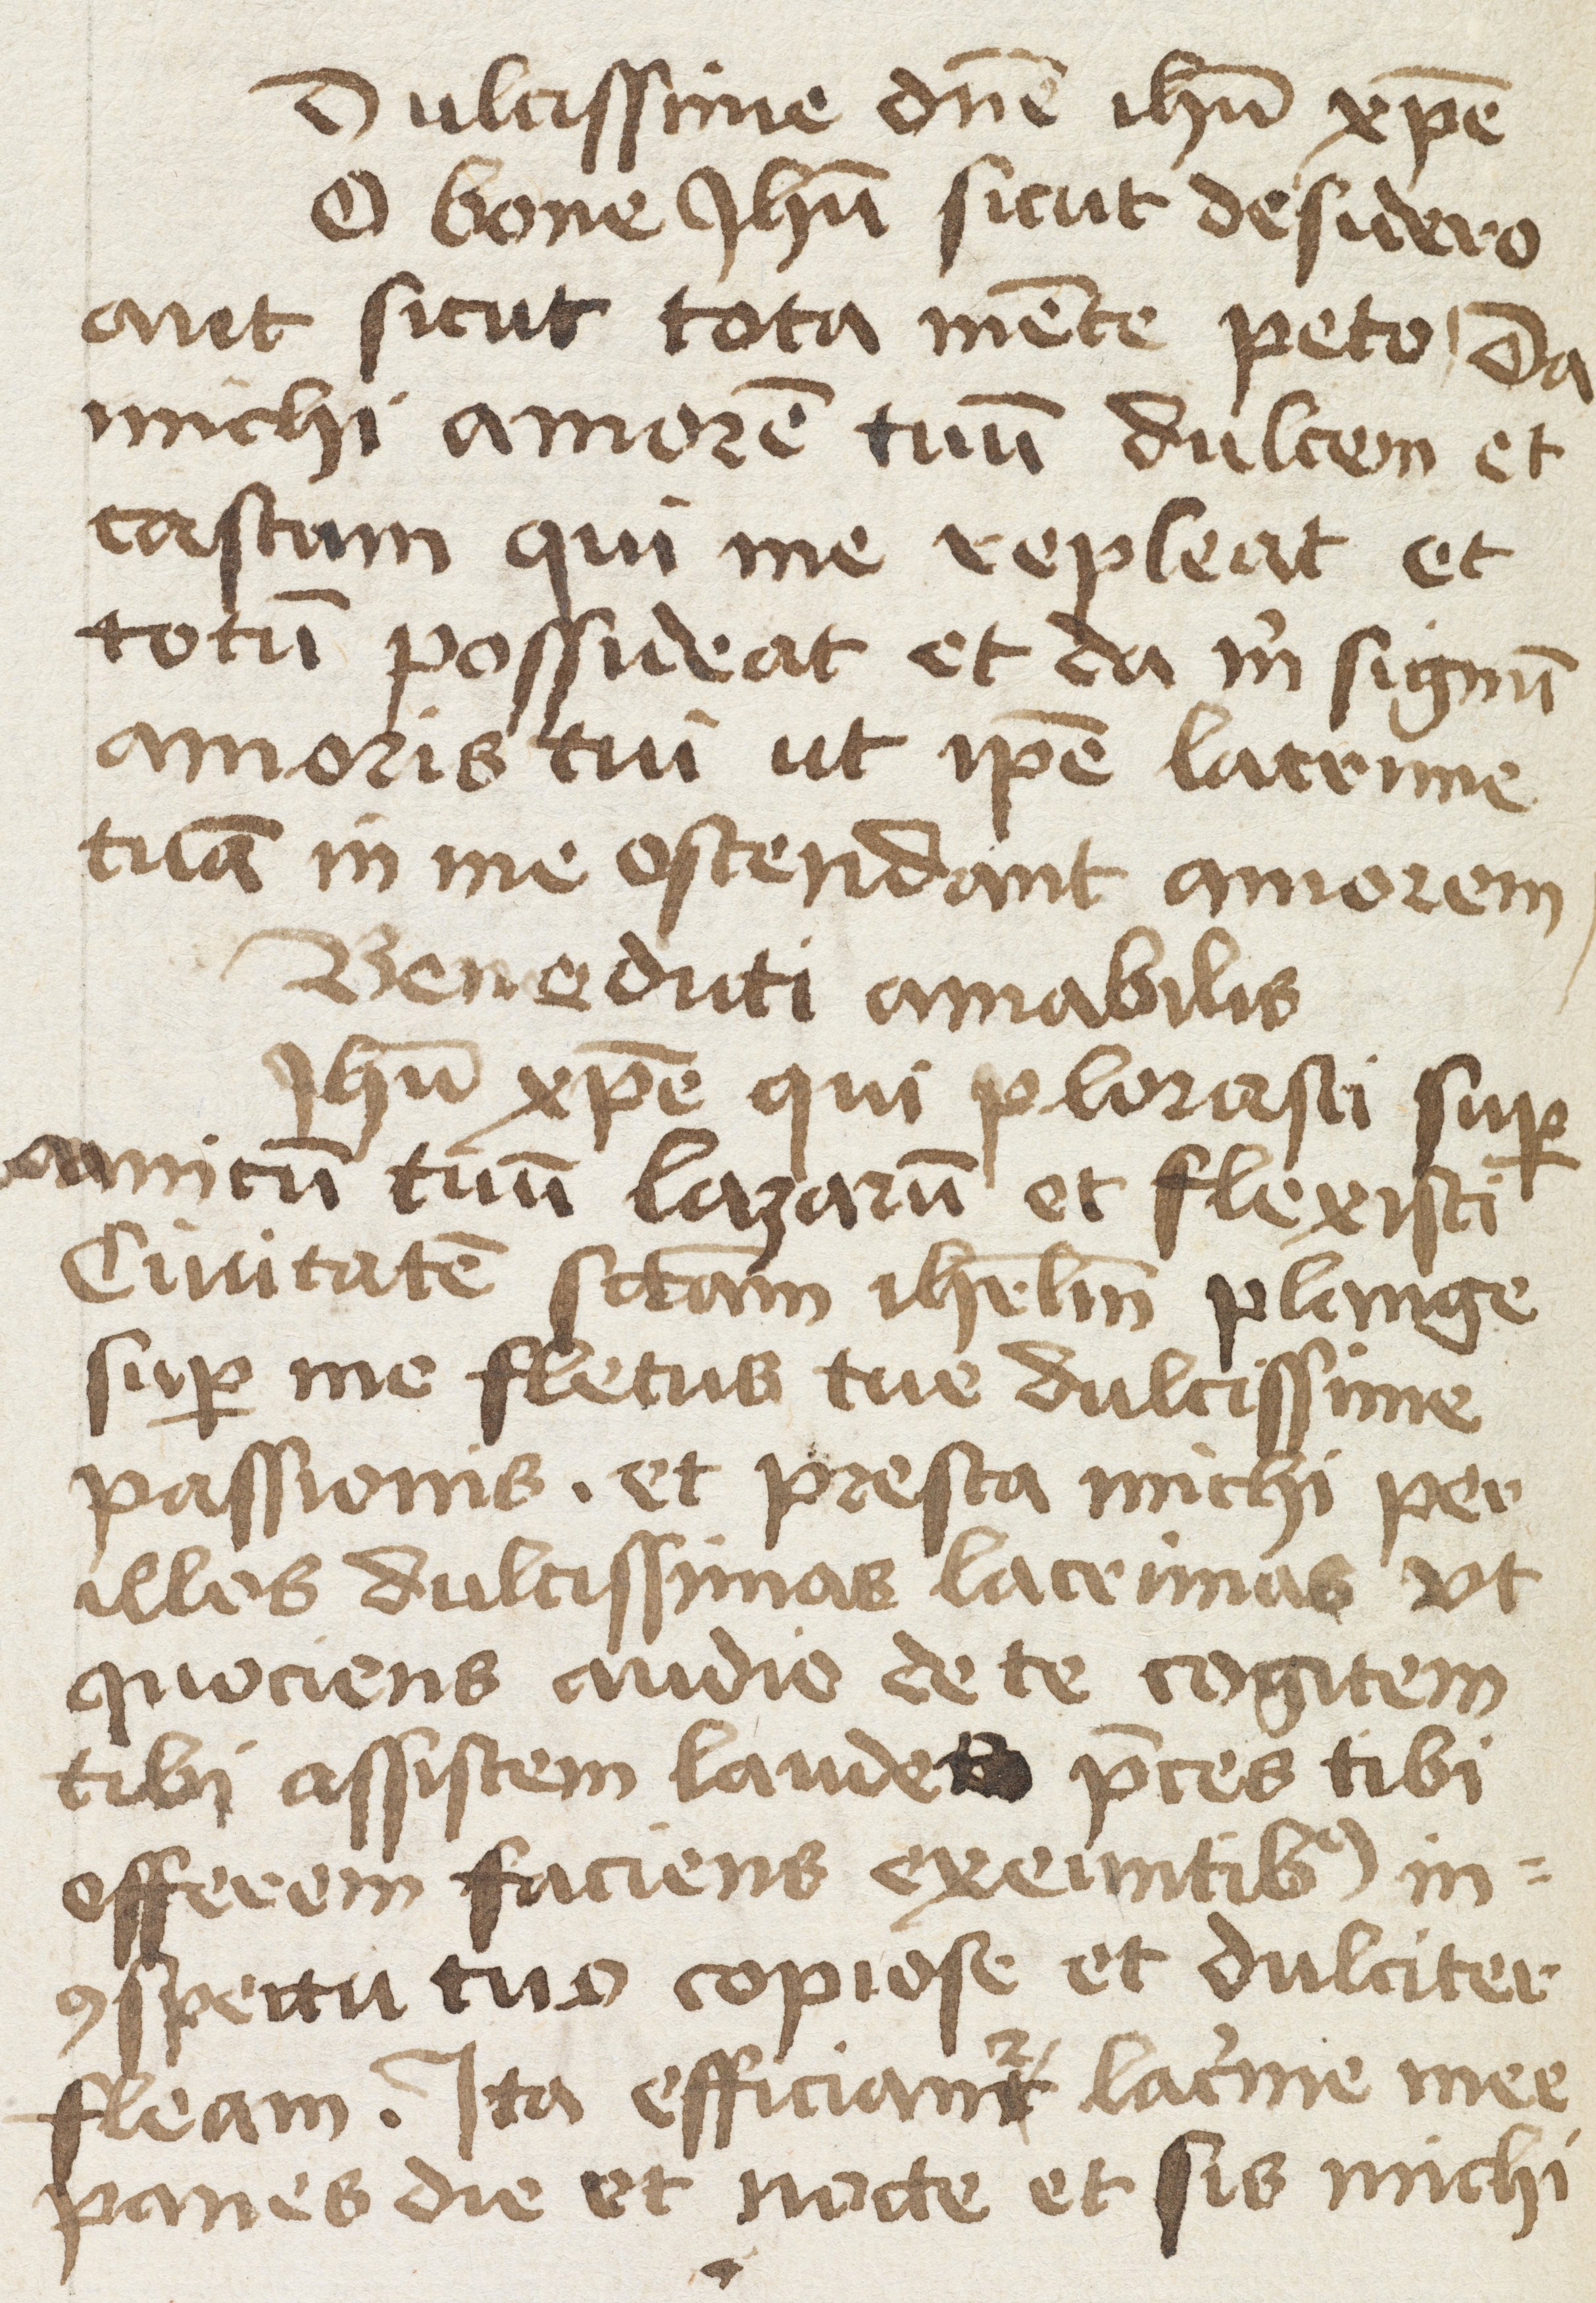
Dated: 1475–1499